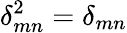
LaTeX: \delta_{mn}^{2}=\delta_{mn}